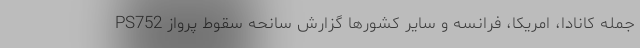
جمله کانادا، امریکا، فرانسه و سایر کشورها گزارش سانحه سقوط پرواز PS752